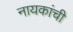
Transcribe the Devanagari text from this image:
नायकांची